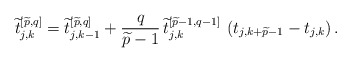
\begin{align*}\widetilde{t}_{j,k}^{\left[\widetilde{p},q\right]} =\widetilde{t}_{j,k-1}^{\left[\widetilde{p},q\right]} +{q \over \widetilde{p}-1}\,\widetilde{t}_{j,k}^{\left[\widetilde{p}-1,q-1\right]}\,\left(t_{j,k+\widetilde{p}-1}-t_{j,k}\right).\end{align*}